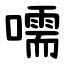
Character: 嚅